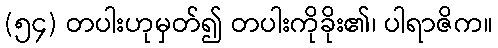
(၅၄) တပါးဟုမှတ်၍ တပါးကိုခိုး၏၊ ပါရာဇိက။